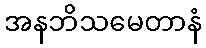
အနဘိသမေတာနံ